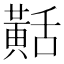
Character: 𪎾